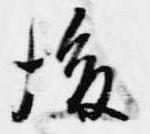
後